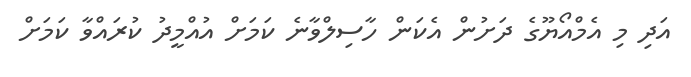
އަދި މި އެމްއޯޔޫގެ ދަށުން އެކަން ހާސިލްވާނެ ކަމަށް އުއްމީދު ކުރައްވާ ކަމަށް